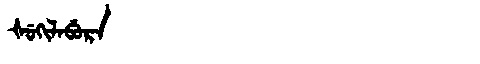
Manchu: ᡧᡠᡴᡳᠯᠠᠪᡠᡵᠠ
Romanization: ŠUKILABURA